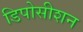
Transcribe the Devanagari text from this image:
डिपोसीशन